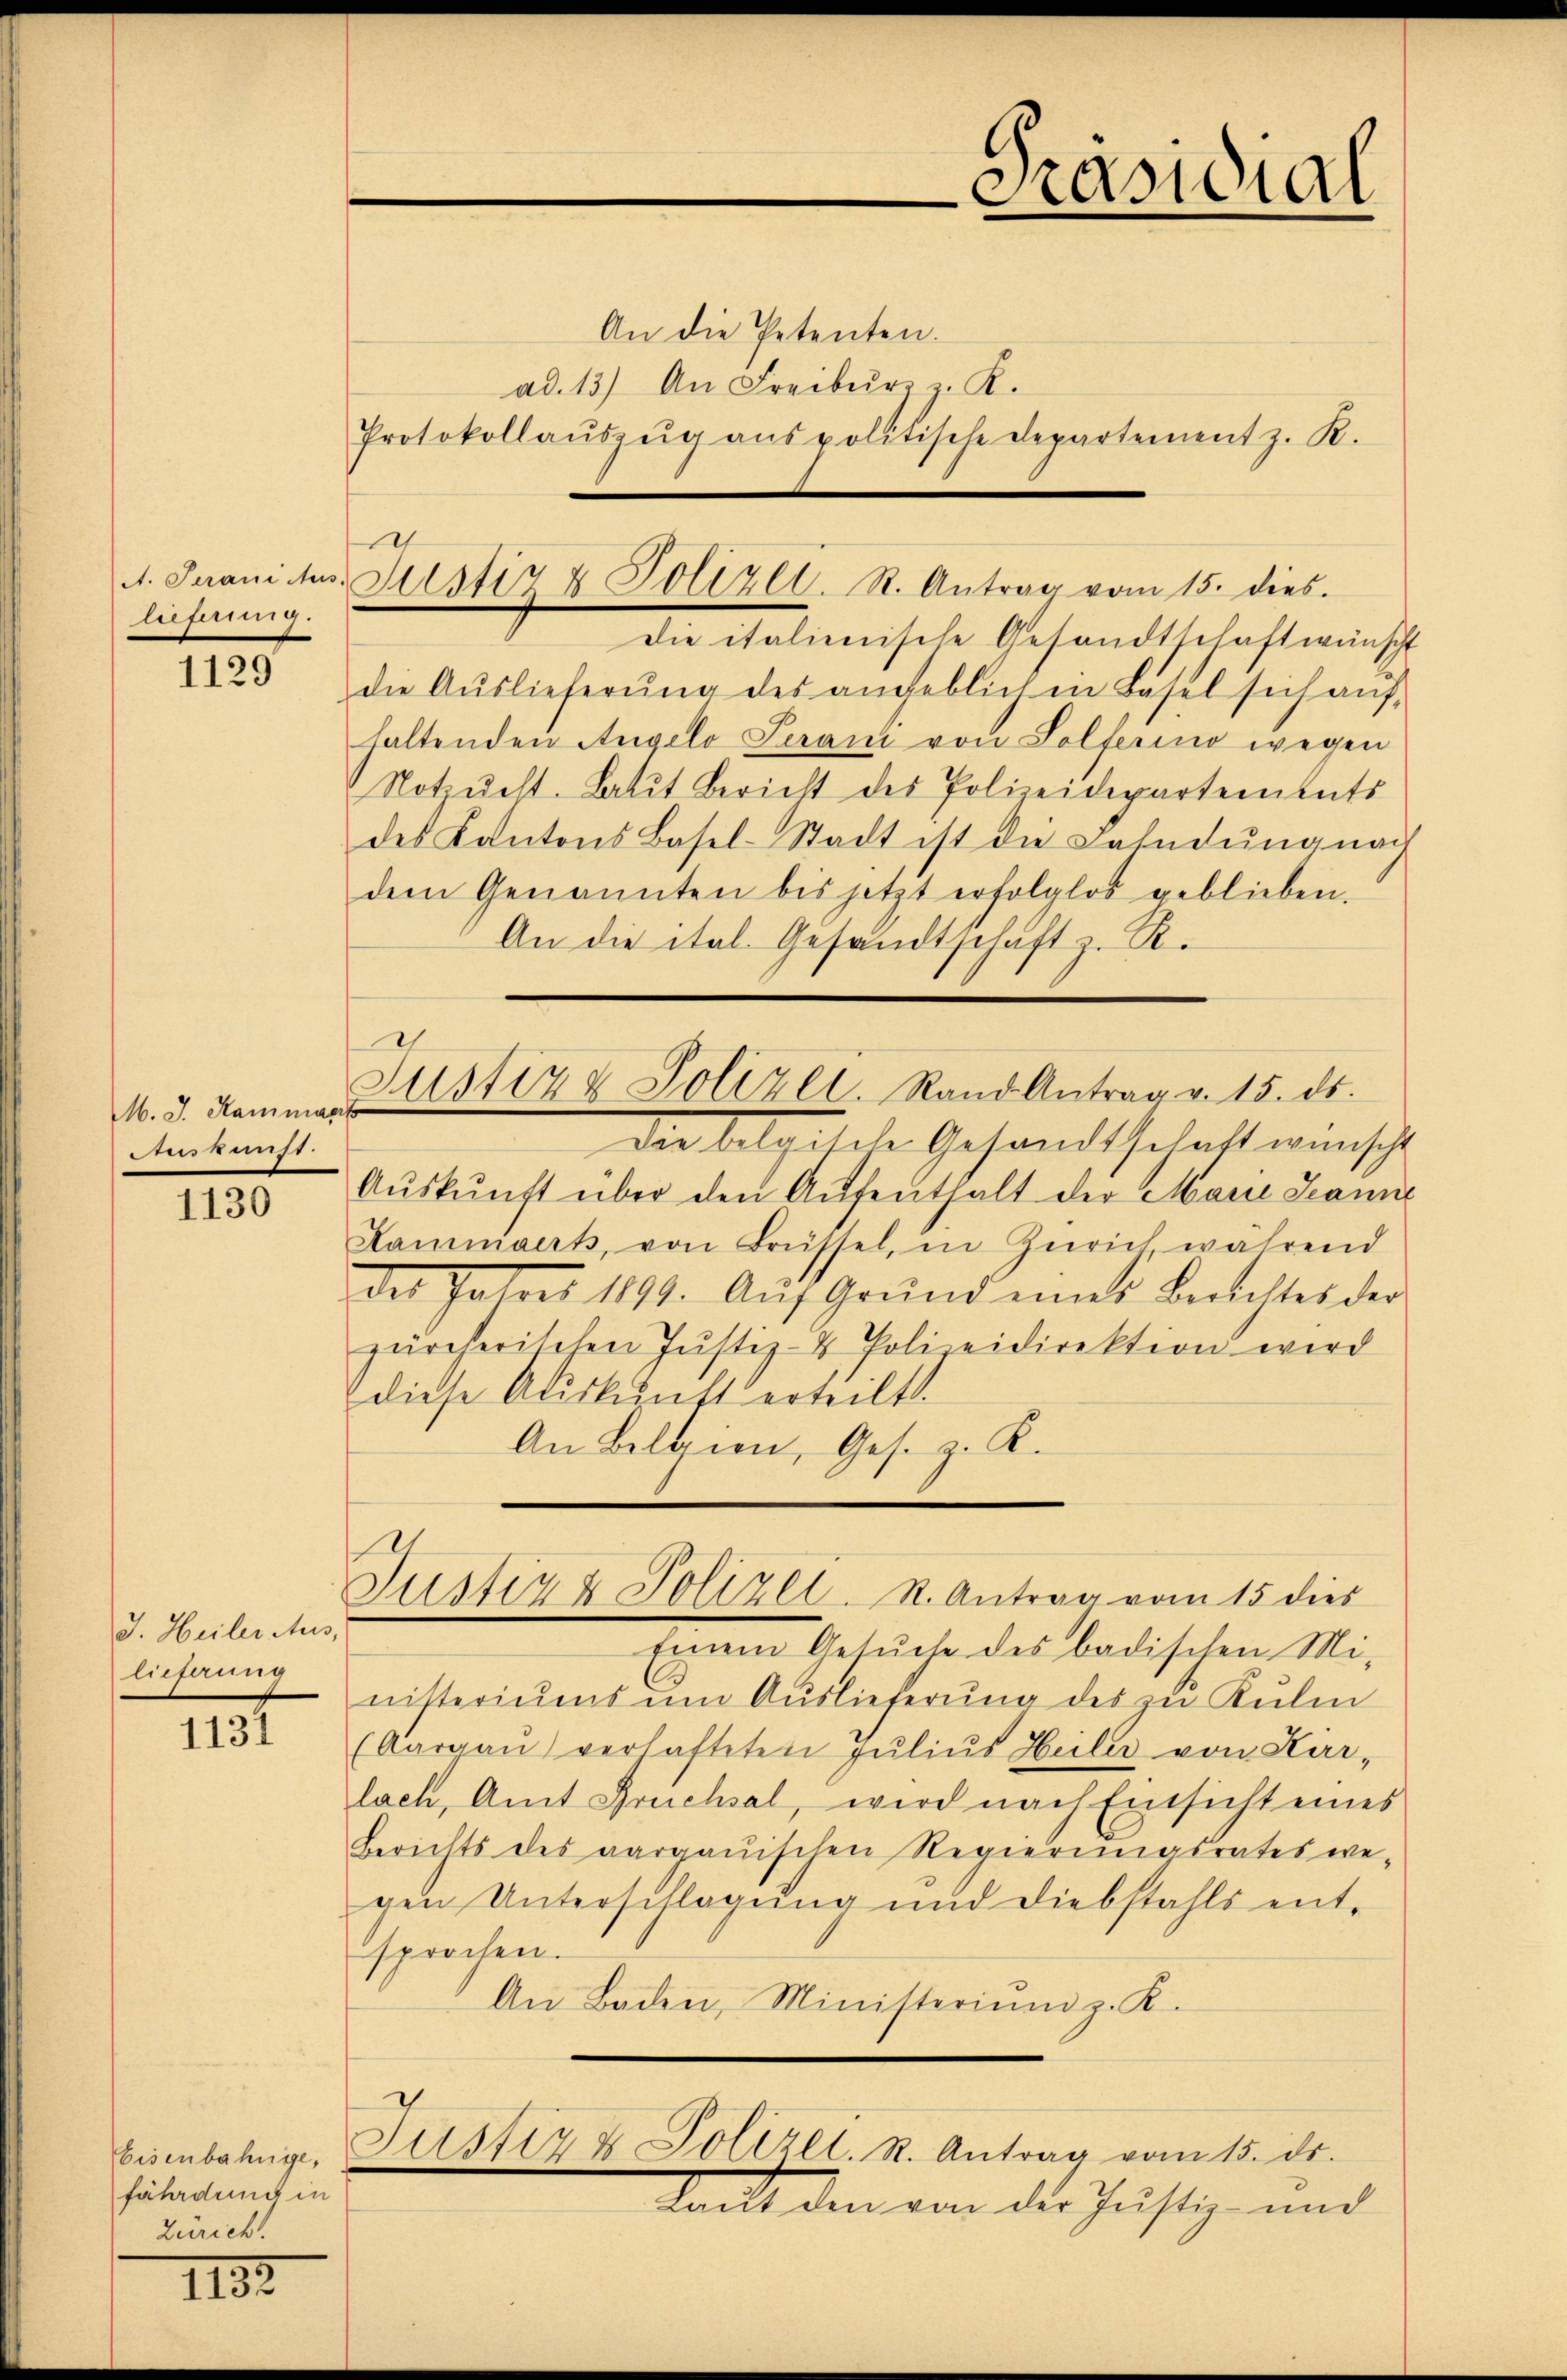
A. Terani Aus-
lieferung.

1129

Auskunft.

1130

J. Heiler Aus,
lieferung

1131

Eisenbahnge,
fährdung in
Zürich.

1192

Justiz & Polizei. R. Antrag vom 15. dies

ad. 13) An Freiburg z. K.
Protokollaŭszŭg anspolitische Departement z. R.
Die italienische Gesandtschaft wir
die Auslieferŭng des angeblich in Basel sich an
haltenden Angelo Peran von Solferino wegen
Notzŭcht. Latit Bericht des Polizeidepartemente
des Kantons Basel-Stadt ist die Fahndunge
dem Genannten bis jetzt erfolglos geblieben.
An die ital. Gesandtschaft z. R.
Die belgische Gesandtschaft wun¬
Aŭskŭnft über den Aŭfenthalt der Marie Lan
Lammaert, von Brüssel, in Zürich, wahrend
des Jahres 1891. Aŭf Grund eines Bestelles d.
zürcherischen Jŭstiz- & Polizeidirektion wird
diese Auskunft erteilt.
An Bellien, Ges. z. K.
Justiz & Polizei. S. Antrag vom 15 dies
Einem Gesŭche des badischen Mi-
nisteriŭms ŭm Aŭslieferŭng des zŭ Kulm
(Aargaŭ) verhafteten Jŭliŭs Heiler von Kar-
lach, Amt Fruchsal, wird nach Einsicht eine
Berichts des aargauischen Regierungsrates we
gen Unterschlagung und Diebstahls entsprochen.
An Baden, Ministeriŭm z. K.
Justiz & Polizei. S. Antrag vom 15. ds.
tacht den von der Justiz- und

d
M. J. Kammer Zustiz & Polizei. Rand Antrag v. 15. ds.

Präsidial
.
“